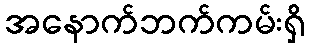
အနောက်ဘက်ကမ်းရှိ